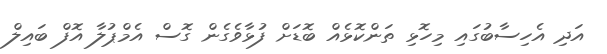
އަދި އެހިސާބުގައި މިހޮޅި ތަންކޮޅެއް ބޮޑަށް ފުޅާވެގެން ގޮސް އެމްޕުލާ އޮފް ބައިލް